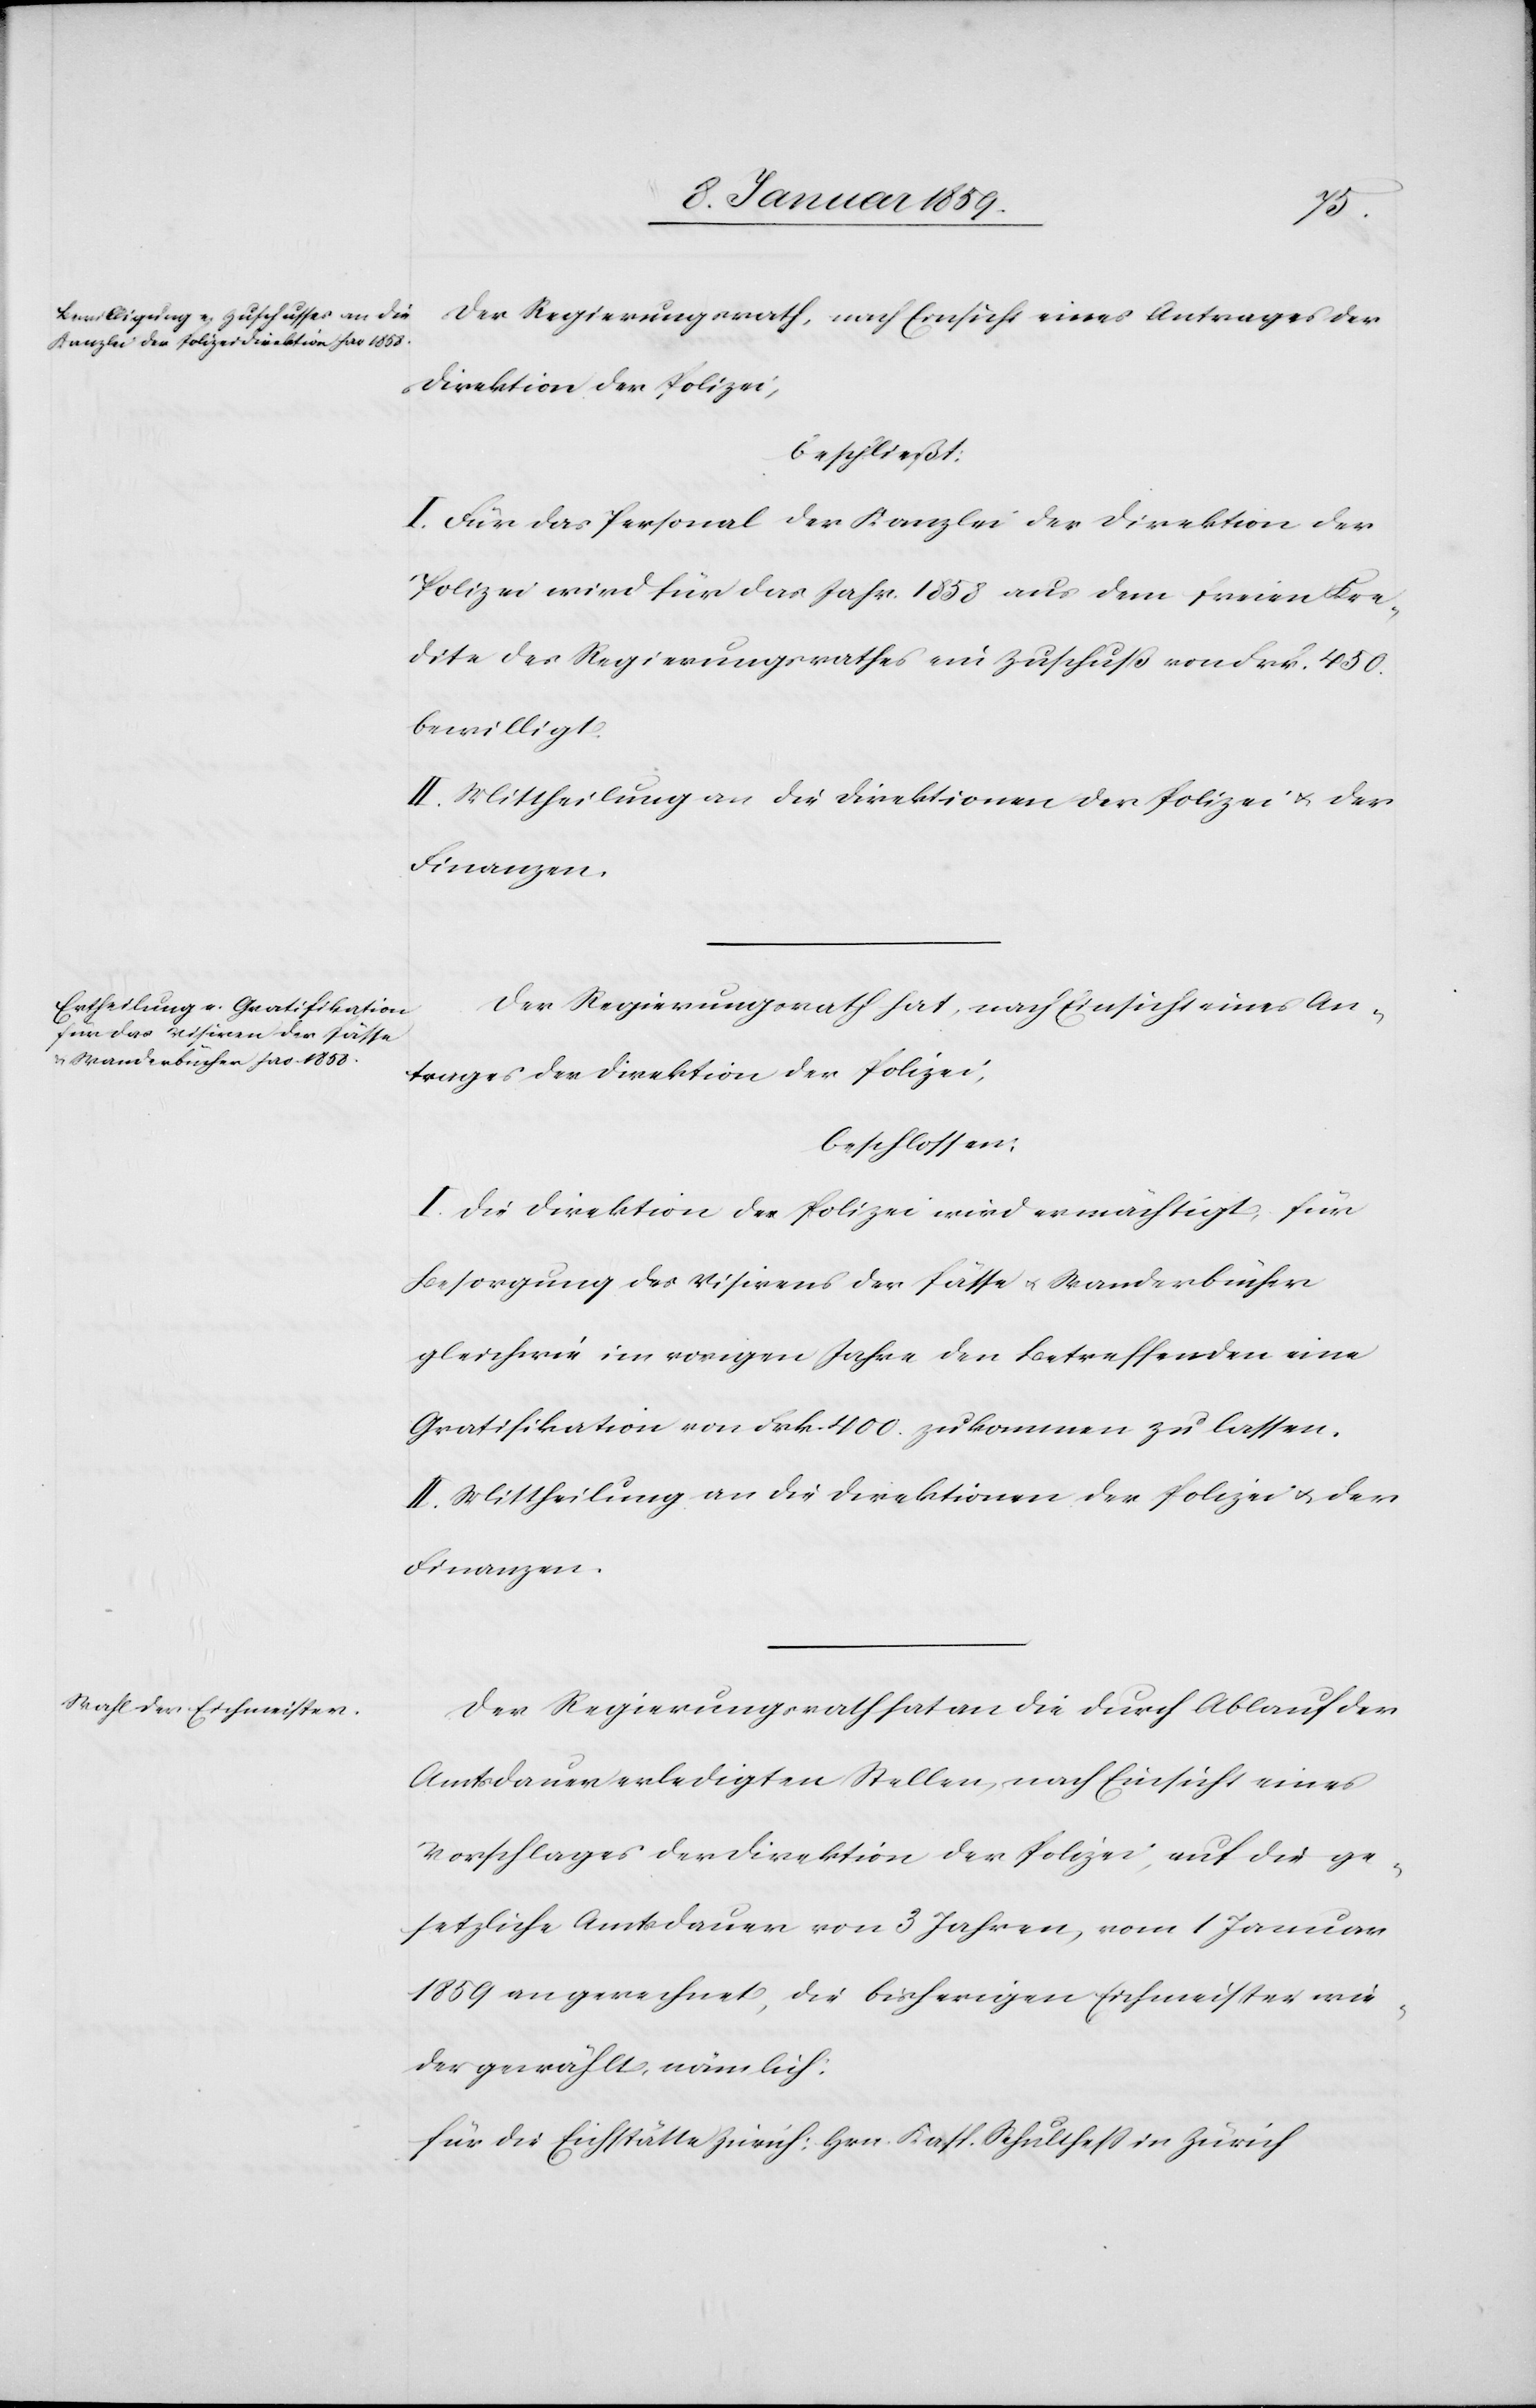
Der Regierungsrath, nach Einsicht eines Antrages der
Direktion der Polizei,
beschließt:
I. Für das Personal der Kanzlei der Direktion der
Polizei wird für das Jahr. 1858 aus dem freien Kre¬
dite des Regierungsrathes ein Zuschuß von Frk. 450.
bewilligt.
II. Mittheilung an die Direktion der Polizei u. der
Finanzen.
Der Regierungsrath hat, nach Einsicht eines An¬
trages der Direktion der Polizei,
beschlossen:
I. Die Direktion der Polizei wird ermächtigt, für
Besorgung des Visirens der Pässe u. Wanderbücher
gleichwie im vorigen Jahr den Betreffenden eine
Gratifikation von Frk. 400. zukommen zu lassen.
II. Mittheilung an die Direktion der Polizei u. der
Finanzen.
Der Regierungsrath hat an die durch Ablauf der
Amtsdauer erledigten Stellen, nach Einsicht eines
Vorschlages der Direktion der Polizei, auf die ge¬
setzliche Amtsdauer von 3 Jahren, vom 1 Januar
1859 an gerechnet, die bisherigen Eichmeister wie¬
dergewählt, nämlich: